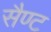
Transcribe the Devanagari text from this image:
सैण्ट